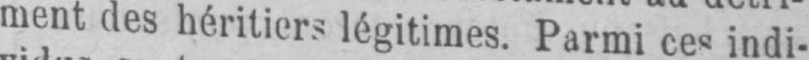
ment des héritiers légitimes. Parmi ces indi-